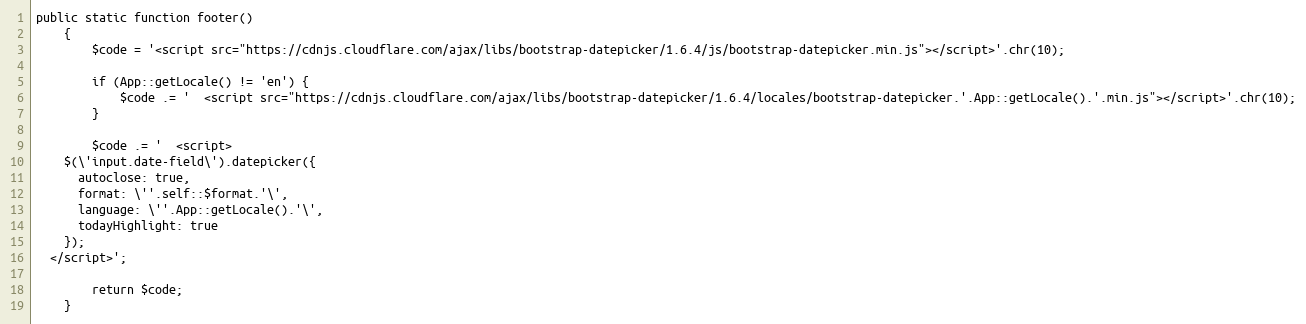
Language: PHP
public static function footer()
    {
        $code = '<script src="https://cdnjs.cloudflare.com/ajax/libs/bootstrap-datepicker/1.6.4/js/bootstrap-datepicker.min.js"></script>'.chr(10);

        if (App::getLocale() != 'en') {
            $code .= '  <script src="https://cdnjs.cloudflare.com/ajax/libs/bootstrap-datepicker/1.6.4/locales/bootstrap-datepicker.'.App::getLocale().'.min.js"></script>'.chr(10);
        }

        $code .= '  <script>
    $(\'input.date-field\').datepicker({
      autoclose: true,
      format: \''.self::$format.'\',
      language: \''.App::getLocale().'\',
      todayHighlight: true
    });
  </script>';

        return $code;
    }